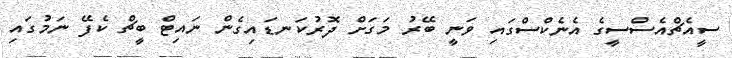
ސީއެޗްއެސްސީގެ އެނެކްސްގައި ވަނީ ބޭރު މަގަށް ދޮރުކަނޑައިގެން ނައިޓް ބީޗް ކެފޭ ނަމުގައި